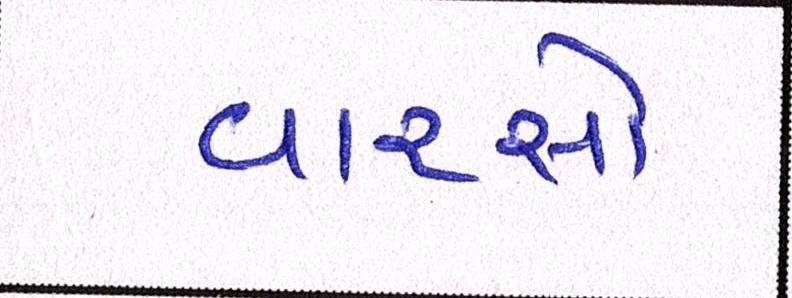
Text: વારસો